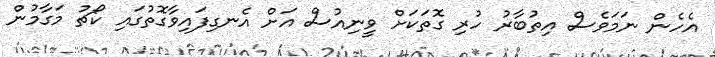
އެހެން ނަމަވެސް އިތުބާރު ހުރި ގޮތަކަށް ވީނިއުސް އަށް އެނގިފައިވާގޮތުގައި ކޯޗު މަގާމުން